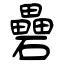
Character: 礨